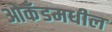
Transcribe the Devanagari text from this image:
ओकॅंडमधील